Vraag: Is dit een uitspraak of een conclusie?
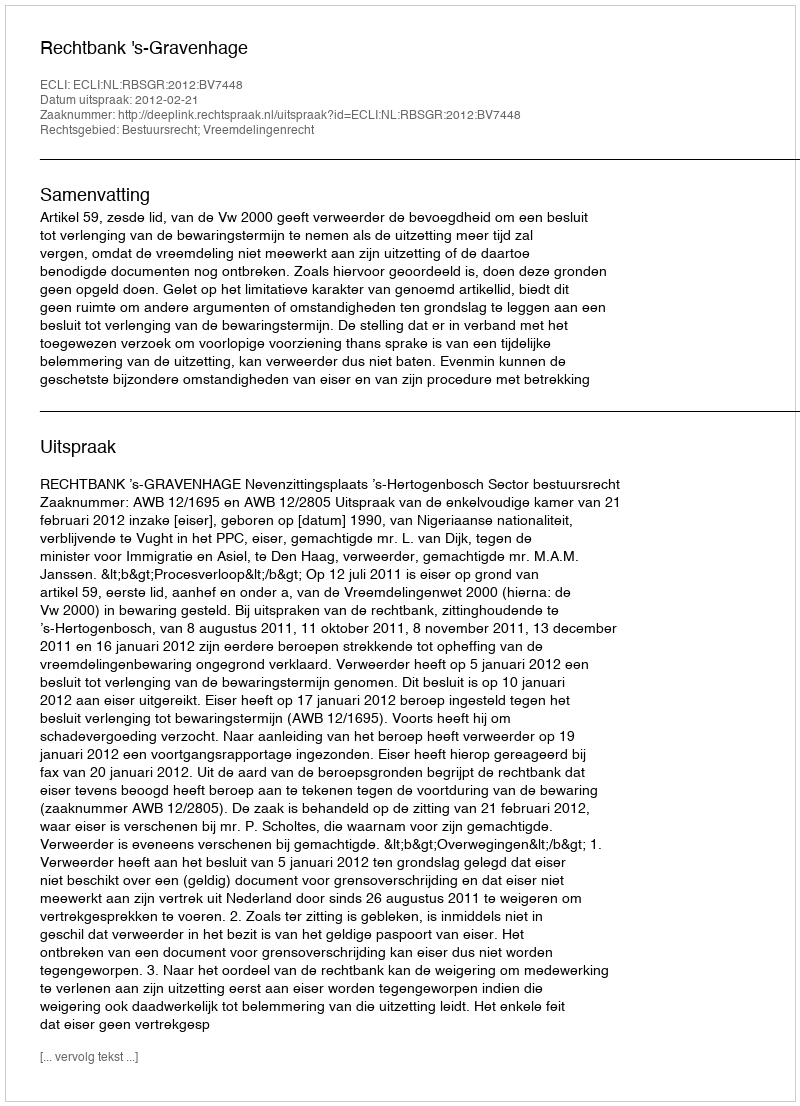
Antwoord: Uitspraak